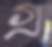
গ্র